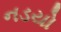
નડયો